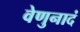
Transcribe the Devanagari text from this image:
वेणुनादं